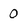
Character: 0